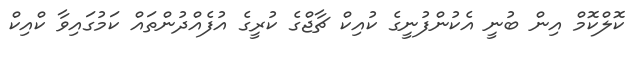
ކޮލްކޮމް އިން ބުނީ އެކުންފުނީގެ ކުއިކް ޗާޖްގެ ކުރީގެ އުފެއްދުންތައް ކަމުގައިވާ ކްއިކް